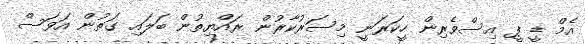
އެމް ޑީ ޕީ އިސްވެރިން ހީކަރަނީ މިސަރުކާރުން ރައްޔިތުން ބަލައި ގަތުން އަވަސް